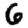
Digit: 6